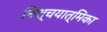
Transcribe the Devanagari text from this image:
निश्चयात्मिका